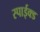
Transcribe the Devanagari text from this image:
स्पाईक्ड